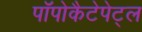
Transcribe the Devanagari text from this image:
पॉपोकैटेपेट्ल